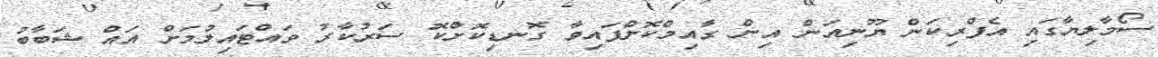
ސޯމާލިޔާގައި އެފްރިކަން ޔޫނިއަން އިން ގާއިމްކޮށްފައިވާ ގޮނޑިކޮށްކޮ ސަރުކާރު ވައްޓައިލުމަށް އައް ޝަބާބު